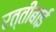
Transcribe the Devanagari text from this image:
रत्तीबाई